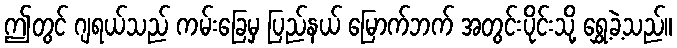
ဤတွင် ဂျရယ်သည် ကမ်းခြေမှ ပြည်နယ် မြောက်ဘက် အတွင်းပိုင်းသို့ ရွှေ့ခဲ့သည်။